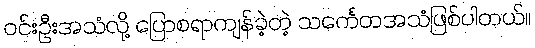
ဝင်းဦးအသံလို့ ပြောစရာကျန်ခဲ့တဲ့ သင်္ကေတအသံဖြစ်ပါတယ်။